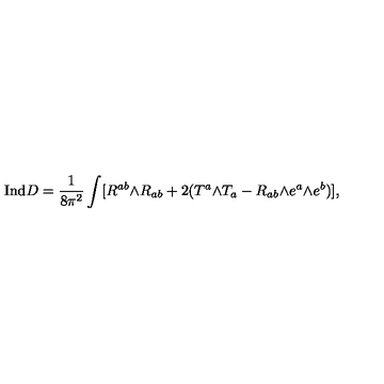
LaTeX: { \mathrm { I n d } } D = \frac { 1 } { 8 \pi ^ { 2 } } \int [ R ^ { a b } \mathrm { \tiny \wedge } R _ { a b } + 2 ( T ^ { a } \mathrm { \tiny \wedge } T _ { a } - R _ { a b } \mathrm { \tiny \wedge } e ^ { a } \mathrm { \tiny \wedge } e ^ { b } ) ] ,